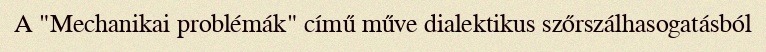
A "Mechanikai problémák" című műve dialektikus szőrszálhasogatásból